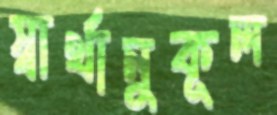
স্বার্থানুকূল